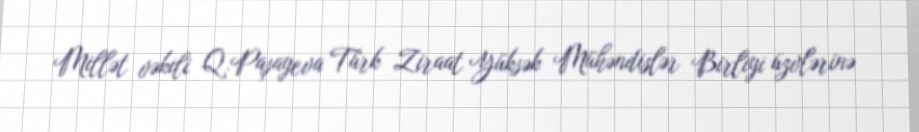
Millət vəkili Q.Paşayeva Türk Ziraat Yüksək Mühəndislər Birliyi üzvlərinə